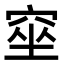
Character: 𥦊